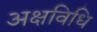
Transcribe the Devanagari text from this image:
अक्षविधि